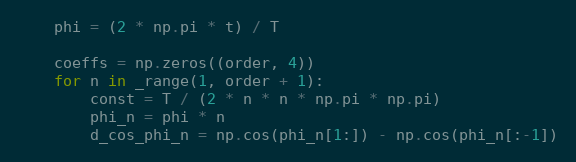
Language: Python
    phi = (2 * np.pi * t) / T

    coeffs = np.zeros((order, 4))
    for n in _range(1, order + 1):
        const = T / (2 * n * n * np.pi * np.pi)
        phi_n = phi * n
        d_cos_phi_n = np.cos(phi_n[1:]) - np.cos(phi_n[:-1])